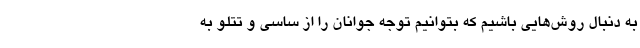
به دنبال روش‌هایی باشیم که بتوانیم توجه جوانان را از ساسی و تتلو به